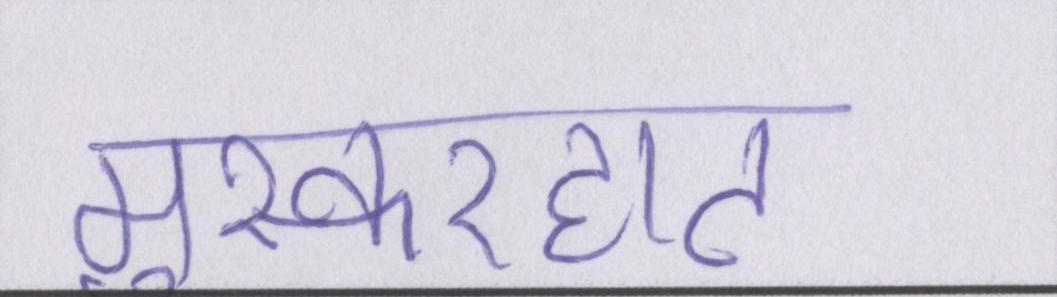
मुस्करहाट